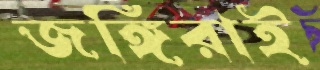
জঙ্গিরাই